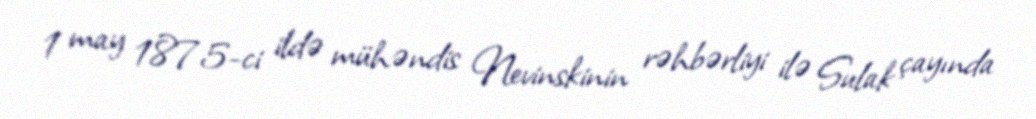
1 may 1875-ci ildə mühəndis Nevinskinin rəhbərliyi ilə Sulak çayında